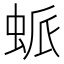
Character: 䖰